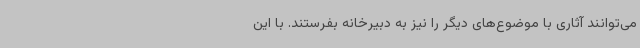
می‌توانند آثاری با موضوع‌های دیگر را نیز به دبیرخانه بفرستند. با این